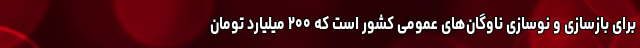
برای بازسازی و نوسازی ناوگان‌های عمومی کشور است که ۲۰۰ میلیارد تومان